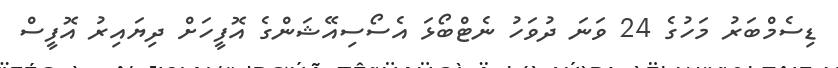
ޑިސެމްބަރު މަހުގެ 24 ވަނަ ދުވަހު ނެޓްބޯޅަ އެސޯސިއޭޝަންގެ އޮފީހަށް ދިޔައިރު އޮފީސް